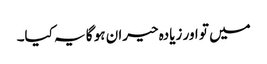
میں تو اور زیادہ حیران ہو گا یہ کیا۔